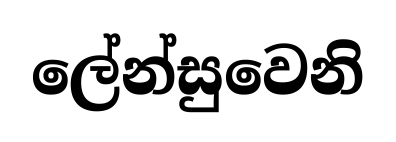
ලේන්සුවෙනි